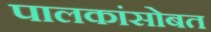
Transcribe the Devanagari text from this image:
पालकांसोबत